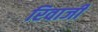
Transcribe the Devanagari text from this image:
रिवाजी